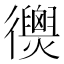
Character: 𢖣